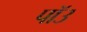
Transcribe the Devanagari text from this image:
पॉउ